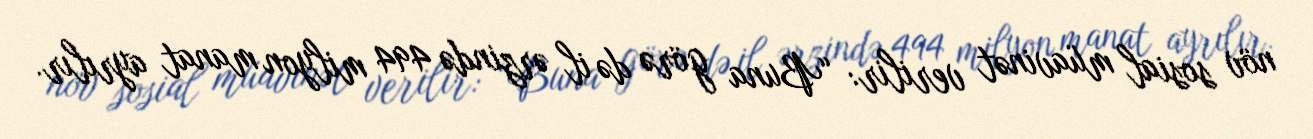
növ sosial müavinət verilir: “Buna görə də il ərzində 494 milyon manat ayrılır.